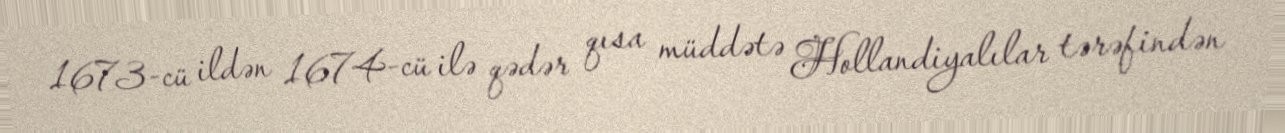
1673-cü ildən 1674-cü ilə qədər qısa müddətə Hollandiyalılar tərəfindən